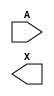
module sky130_fd_sc_hvl__lsbufhv2hv_hl (
    //# {{data|Data Signals}}
    input  A,
    output X
);

    // Voltage supply signals
    supply1 VPWR    ;
    supply0 VGND    ;
    supply1 LOWHVPWR;
    supply1 VPB     ;
    supply0 VNB     ;

endmodule